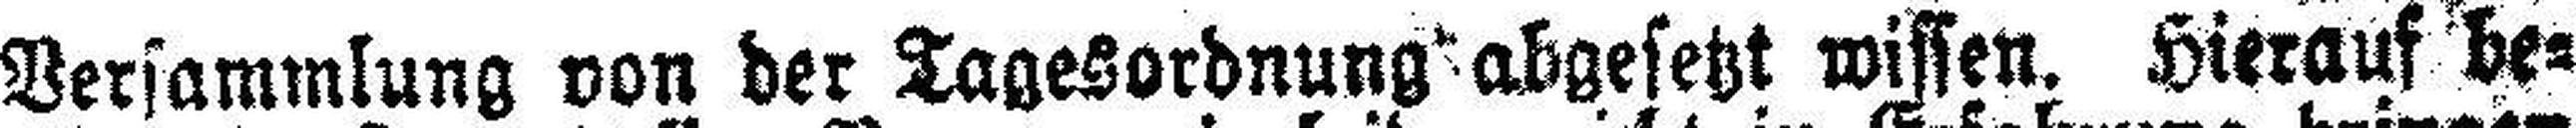
Versammlung von der Tagesordnung abgesetzt wissen. Hierauf be¬